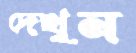
দেখুন